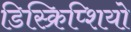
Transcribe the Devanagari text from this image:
डिस्क्रिप्शियो